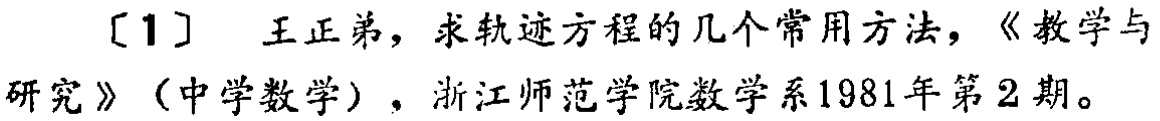
[1] 王正弟，求轨迹方程的几个常用方法，《教学与研究》（中学数学），浙江师范学院数学系1981年第2期。